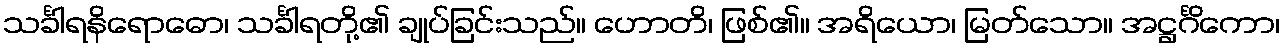
သင်္ခါရနိရောဓော၊ သင်္ခါရတို့၏ ချုပ်ခြင်းသည်။ ဟောတိ၊ ဖြစ်၏။ အရိယော၊ မြတ်သော။ အဋ္ဌင်္ဂိကော၊